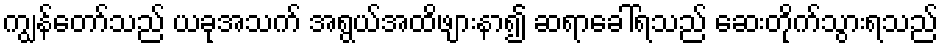
ကျွန်တော်သည် ယခုအသက် အရွယ်အထိဖျားနာ၍ ဆရာခေါ်ရသည် ဆေးတိုက်သွားရသည်